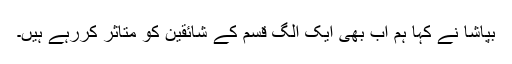
بپاشا نے کہا ہم اب بھی ایک الگ قسم کے شائقین کو متاثر کررہے ہیں۔